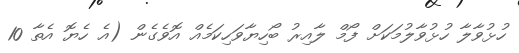
ހުޅުވާލާ ހުޅުވާލުމަކަށް ފޯމް ލާއިރު ބޯހިޔާވަހިކަމެއް އޮވެގެން (އެ ހެޔޮ އެތާ 10